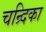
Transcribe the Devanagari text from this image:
चन्र्दिका